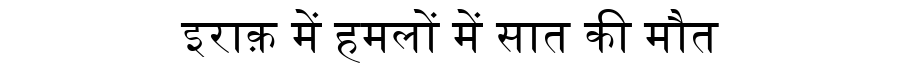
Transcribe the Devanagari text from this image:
इराक़ में हमलों में सात की मौत